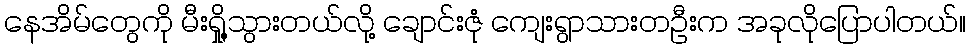
နေအိမ်တွေကို မီးရှို့သွားတယ်လို့ ချောင်းဇုံ ကျေးရွာသားတဦးက အခုလိုပြောပါတယ်။